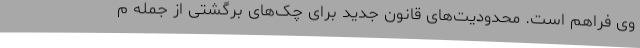
وی فراهم است. محدودیت‌های قانون جدید برای چک‌های برگشتی از جمله م